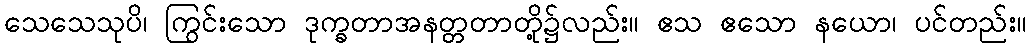
သေသေသုပိ၊ ကြွင်းသော ဒုက္ခတာအနတ္တတာတို့၌လည်း။ ဧသ ဧသော နယော၊ ပင်တည်း။